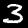
Digit: 3